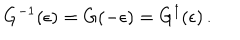
LaTeX: G ^ { - 1 } ( \epsilon ) = G ( - \epsilon ) = G ^ { \dagger } ( \epsilon ) \, .